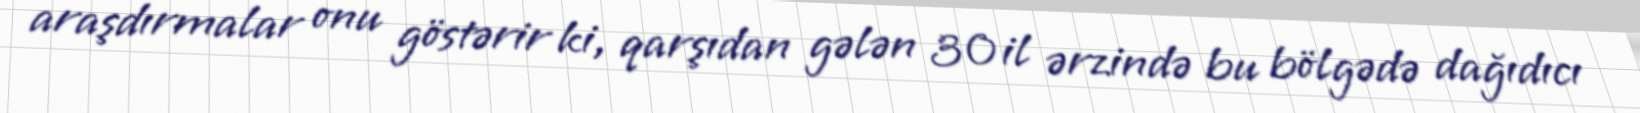
araşdırmalar onu göstərir ki, qarşıdan gələn 30 il ərzində bu bölgədə dağıdıcı